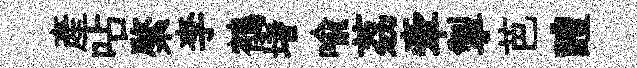
產呫綮李鶺堵喻荔牽掣芭醴